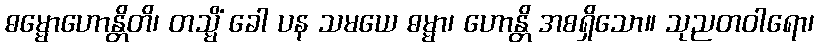
ဓမ္မောဟောန္တိတိ၊ တသ္မိံ ခေါ ပန သမယေ ဓမ္မာ၊ ဟောန္တိ အစရှိသော။ သုညတဝါရော၊